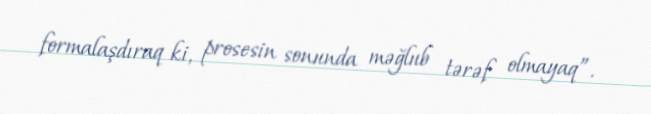
formalaşdıraq ki, prosesin sonunda məğlub tərəf olmayaq”.